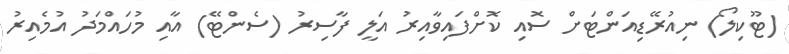
(ޓޫކިލޯ) ނިއުރޭޑިއަންޓަށް ސޮއި ކޮށްފައިވާއިރު އަލީ ފާސިރު (ސެންޓޭ) އާއި މުހައްމަދު އުމެއިރު